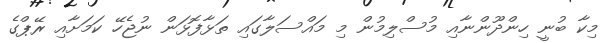
މިކާ ބުނީ ހިންދޫންނާއި މުސްލިމުން މި މައްސަލާގައި ތަޅާފޮޅަން ނުޖެހޭ ކަމަށާއި ރޭޕްގެ